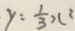
y = \frac { 1 } { 3 } x ^ { 2 }